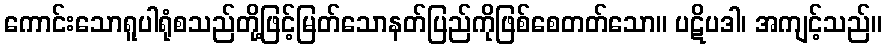
ကောင်းသောရူပါရုံစသည်တို့ဖြင့်မြတ်သောနတ်ပြည်ကိုဖြစ်စေတတ်သော။ ပဋိပဒါ၊ အကျင့်သည်။